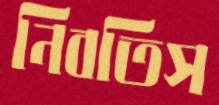
নিবতিস